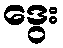
ဒွေး